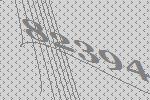
82394